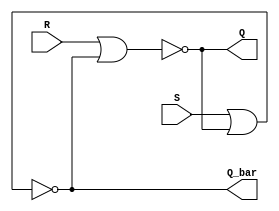
`timescale 1ns / 1ps
//////////////////////////////////////////////////////////////////////////////////
// Company: 
// Engineer: 
// 
// Create Date: 
// Design Name: 
// Module Name: SR_LATCH
// Project Name: 
// Target Devices: 
// Tool Versions: 
// Description: 
// 
// Dependencies: 
// 
// Revision:
// Revision 0.01 - File Created
// Additional Comments:
// 
//////////////////////////////////////////////////////////////////////////////////


module SR_LATCH(S,R,Q,Q_bar);
input S,R;
output Q,Q_bar;
assign Q=~(R|Q_bar);
assign Q_bar=~(S|Q);
endmodule